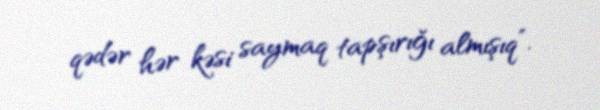
qədər hər kəsi saymaq tapşırığı almışıq”.